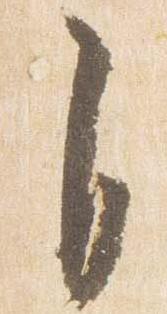
自